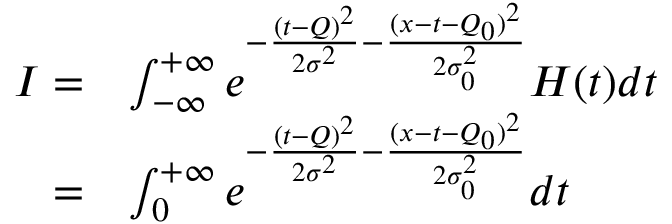
\begin{array} { r l } { I = } & { \int _ { - \infty } ^ { + \infty } e ^ { - \frac { ( t - Q ) ^ { 2 } } { 2 \sigma ^ { 2 } } - \frac { ( x - t - Q _ { 0 } ) ^ { 2 } } { 2 \sigma _ { 0 } ^ { 2 } } } H ( t ) d t } \\ { = } & { \int _ { 0 } ^ { + \infty } e ^ { - \frac { ( t - Q ) ^ { 2 } } { 2 \sigma ^ { 2 } } - \frac { ( x - t - Q _ { 0 } ) ^ { 2 } } { 2 \sigma _ { 0 } ^ { 2 } } } d t } \end{array}